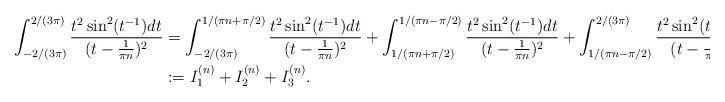
LaTeX: \begin{align*}\int_{-2/(3\pi)}^{2/(3\pi)}\frac{t^2\sin^2(t^{-1})dt}{(t-\frac{1}{\pi n})^2}&=\int_{-2/(3\pi)}^{1/(\pi n+\pi/2)}\frac{t^2\sin^2(t^{-1})dt}{(t-\frac{1}{\pi n})^2}+\int_{1/(\pi n+\pi/2)}^{1/(\pi n-\pi/2)}\frac{t^2\sin^2(t^{-1})dt}{(t-\frac{1}{\pi n})^2}+\int_{1/(\pi n-\pi/2)}^{2/(3\pi)}\frac{t^2\sin^2(t^{-1})dt}{(t-\frac{1}{\pi n})^2}\\&:=I_1^{(n)}+I_2^{(n)}+I_3^{(n)}.\end{align*}